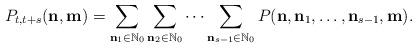
LaTeX: \begin{align*}P_{t,t+s}(\mathbf{n},\mathbf{m}) = \sum_{\mathbf{n}_1\in\mathbb{N}_0}\sum_{\mathbf{n}_2\in\mathbb{N}_0} \dots \sum_{\mathbf{n}_{s-1}\in\mathbb{N}_0}P(\mathbf{n},\mathbf{n}_1,\dots,\mathbf{n}_{s-1},\mathbf{m}).\end{align*}